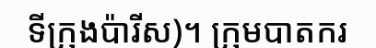
ទីក្រុងប៉ារីស)។ ក្រុមបាតករ